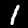
Digit: 1